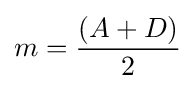
m={\frac {(A+D)}{2}}